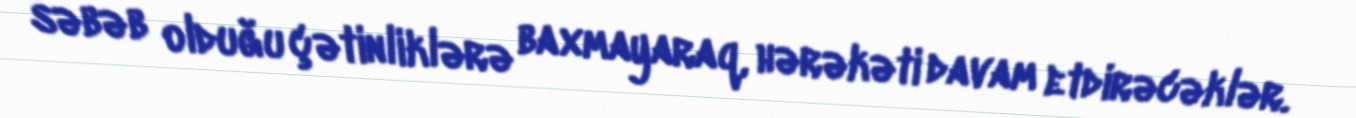
səbəb olduğu çətinliklərə baxmayaraq, hərəkəti davam etdirəcəklər.